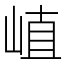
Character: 𡸜